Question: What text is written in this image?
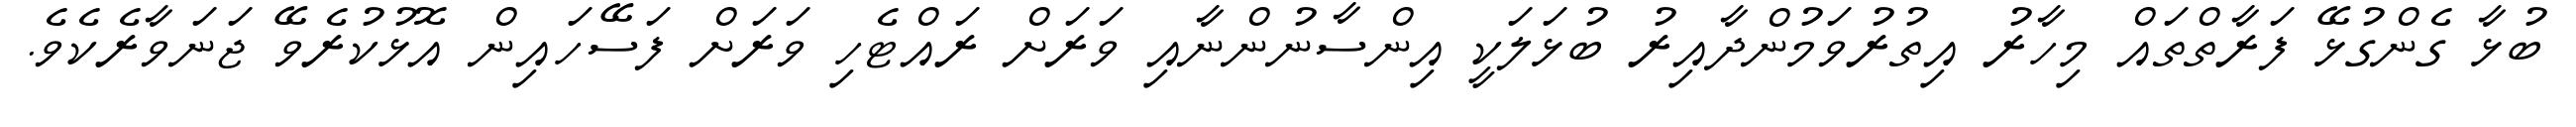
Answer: ބުޅާ ގެންގުޅޭ ފަރާތްތައް މިހާރު އިތުރުވަމުންދާއިރު ބުޅަލަކީ އިންސާނުންނާއި ވަރަށް ރައްޓެހި ވަރަށް ފަސޭހައިން އޮޅުކުރެވޭ ޖަނަވާރެކެވެ.